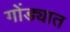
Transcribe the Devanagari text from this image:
गोंड्यात